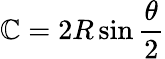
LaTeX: \mathbb{C}=2R\sin{\frac{{\theta}}{{2}}}